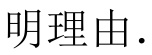
明理由.